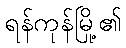
ရန်ကုန်မြို့၏